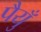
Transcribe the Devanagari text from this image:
पैयुँ